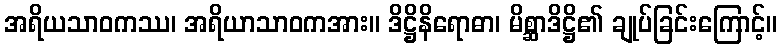
အရိယသာဝကဿ၊ အရိယာသာဝကအား။ ဒိဋ္ဌိနိရောဓာ၊ မိစ္ဆာဒိဋ္ဌိ၏ ချုပ်ခြင်းကြောင့်။